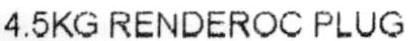
4.5KG RENDEROC PLUG